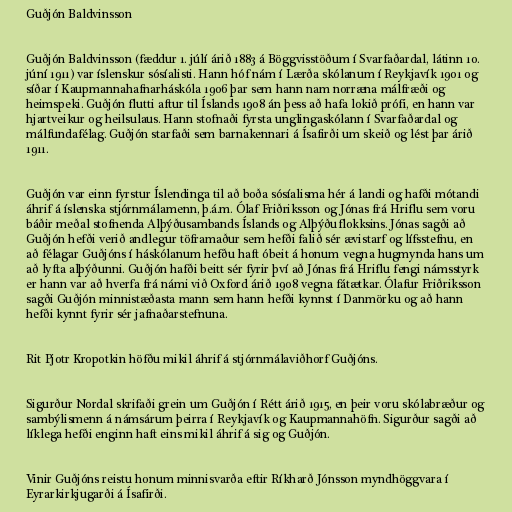
Guðjón Baldvinsson

Guðjón Baldvinsson (fæddur 1. júlí árið 1883 á Böggvisstöðum í Svarfaðardal, látinn 10.
júní 1911) var íslenskur sósíalisti. Hann hóf nám í Lærða skólanum í Reykjavík 1901 og
síðar í Kaupmannahafnarháskóla 1906 þar sem hann nam norræna málfræði og
heimspeki. Guðjón flutti aftur til Íslands 1908 án þess að hafa lokið prófi, en hann var
hjartveikur og heilsulaus. Hann stofnaði fyrsta unglingaskólann í Svarfaðardal og
málfundafélag. Guðjón starfaði sem barnakennari á Ísafirði um skeið og lést þar árið
1911.

Guðjón var einn fyrstur Íslendinga til að boða sósíalisma hér á landi og hafði mótandi
áhrif á íslenska stjórnmálamenn, þ.á.m. Ólaf Friðriksson og Jónas frá Hriflu sem voru
báðir meðal stofnenda Alþýðusambands Íslands og Alþýðuflokksins. Jónas sagði að
Guðjón hefði verið andlegur töframaður sem hefði falið sér ævistarf og lífsstefnu, en
að félagar Guðjóns í háskólanum hefðu haft óbeit á honum vegna hugmynda hans um
að lyfta alþýðunni. Guðjón hafði beitt sér fyrir því að Jónas frá Hriflu fengi námsstyrk
er hann var að hverfa frá námi við Oxford árið 1908 vegna fátætkar. Ólafur Friðriksson
sagði Guðjón minnistæðasta mann sem hann hefði kynnst í Danmörku og að hann
hefði kynnt fyrir sér jafnaðarstefnuna.

Rit Pjotr Kropotkin höfðu mikil áhrif á stjórnmálaviðhorf Guðjóns.

Sigurður Nordal skrifaði grein um Guðjón í Rétt árið 1915, en þeir voru skólabræður og
sambýlismenn á námsárum þeirra í Reykjavík og Kaupmannahöfn. Sigurður sagði að
líklega hefði enginn haft eins mikil áhrif á sig og Guðjón.

Vinir Guðjóns reistu honum minnisvarða eftir Ríkharð Jónsson myndhöggvara í
Eyrarkirkjugarði á Ísafirði.